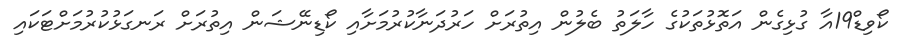
ކޯވިޑް19އާ ގުޅިގެން އަތޮޅުތަކުގެ ހާލަތު ބެލުން އިތުރަށް ހަރުދަނާކުރުމަށާއި ކޯޑިނޭޝަން އިތުރަށް ރަނގަޅުކުރުމަށްޓަކައި